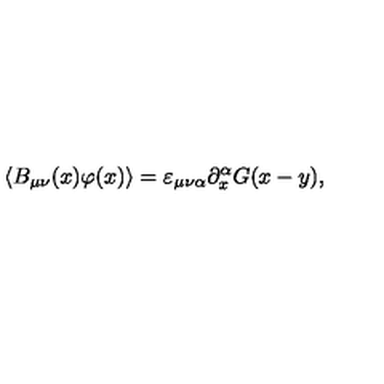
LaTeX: \langle B _ { \mu \nu } ( x ) \varphi ( x ) \rangle = \varepsilon _ { \mu \nu \alpha } \partial _ { x } ^ { \alpha } G ( x - y ) ,